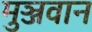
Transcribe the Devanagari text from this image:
मुञ्जवान